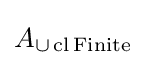
A_{\cup \operatorname {cl} \operatorname {Finite} }